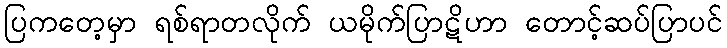
ပြကတေ့မှာ ရစ်ရာတလိုက် ယမိုက်ပြာဋိဟာ တောင့်ဆပ်ပြာပင်